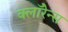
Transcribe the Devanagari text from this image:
क्लॉरेन्स